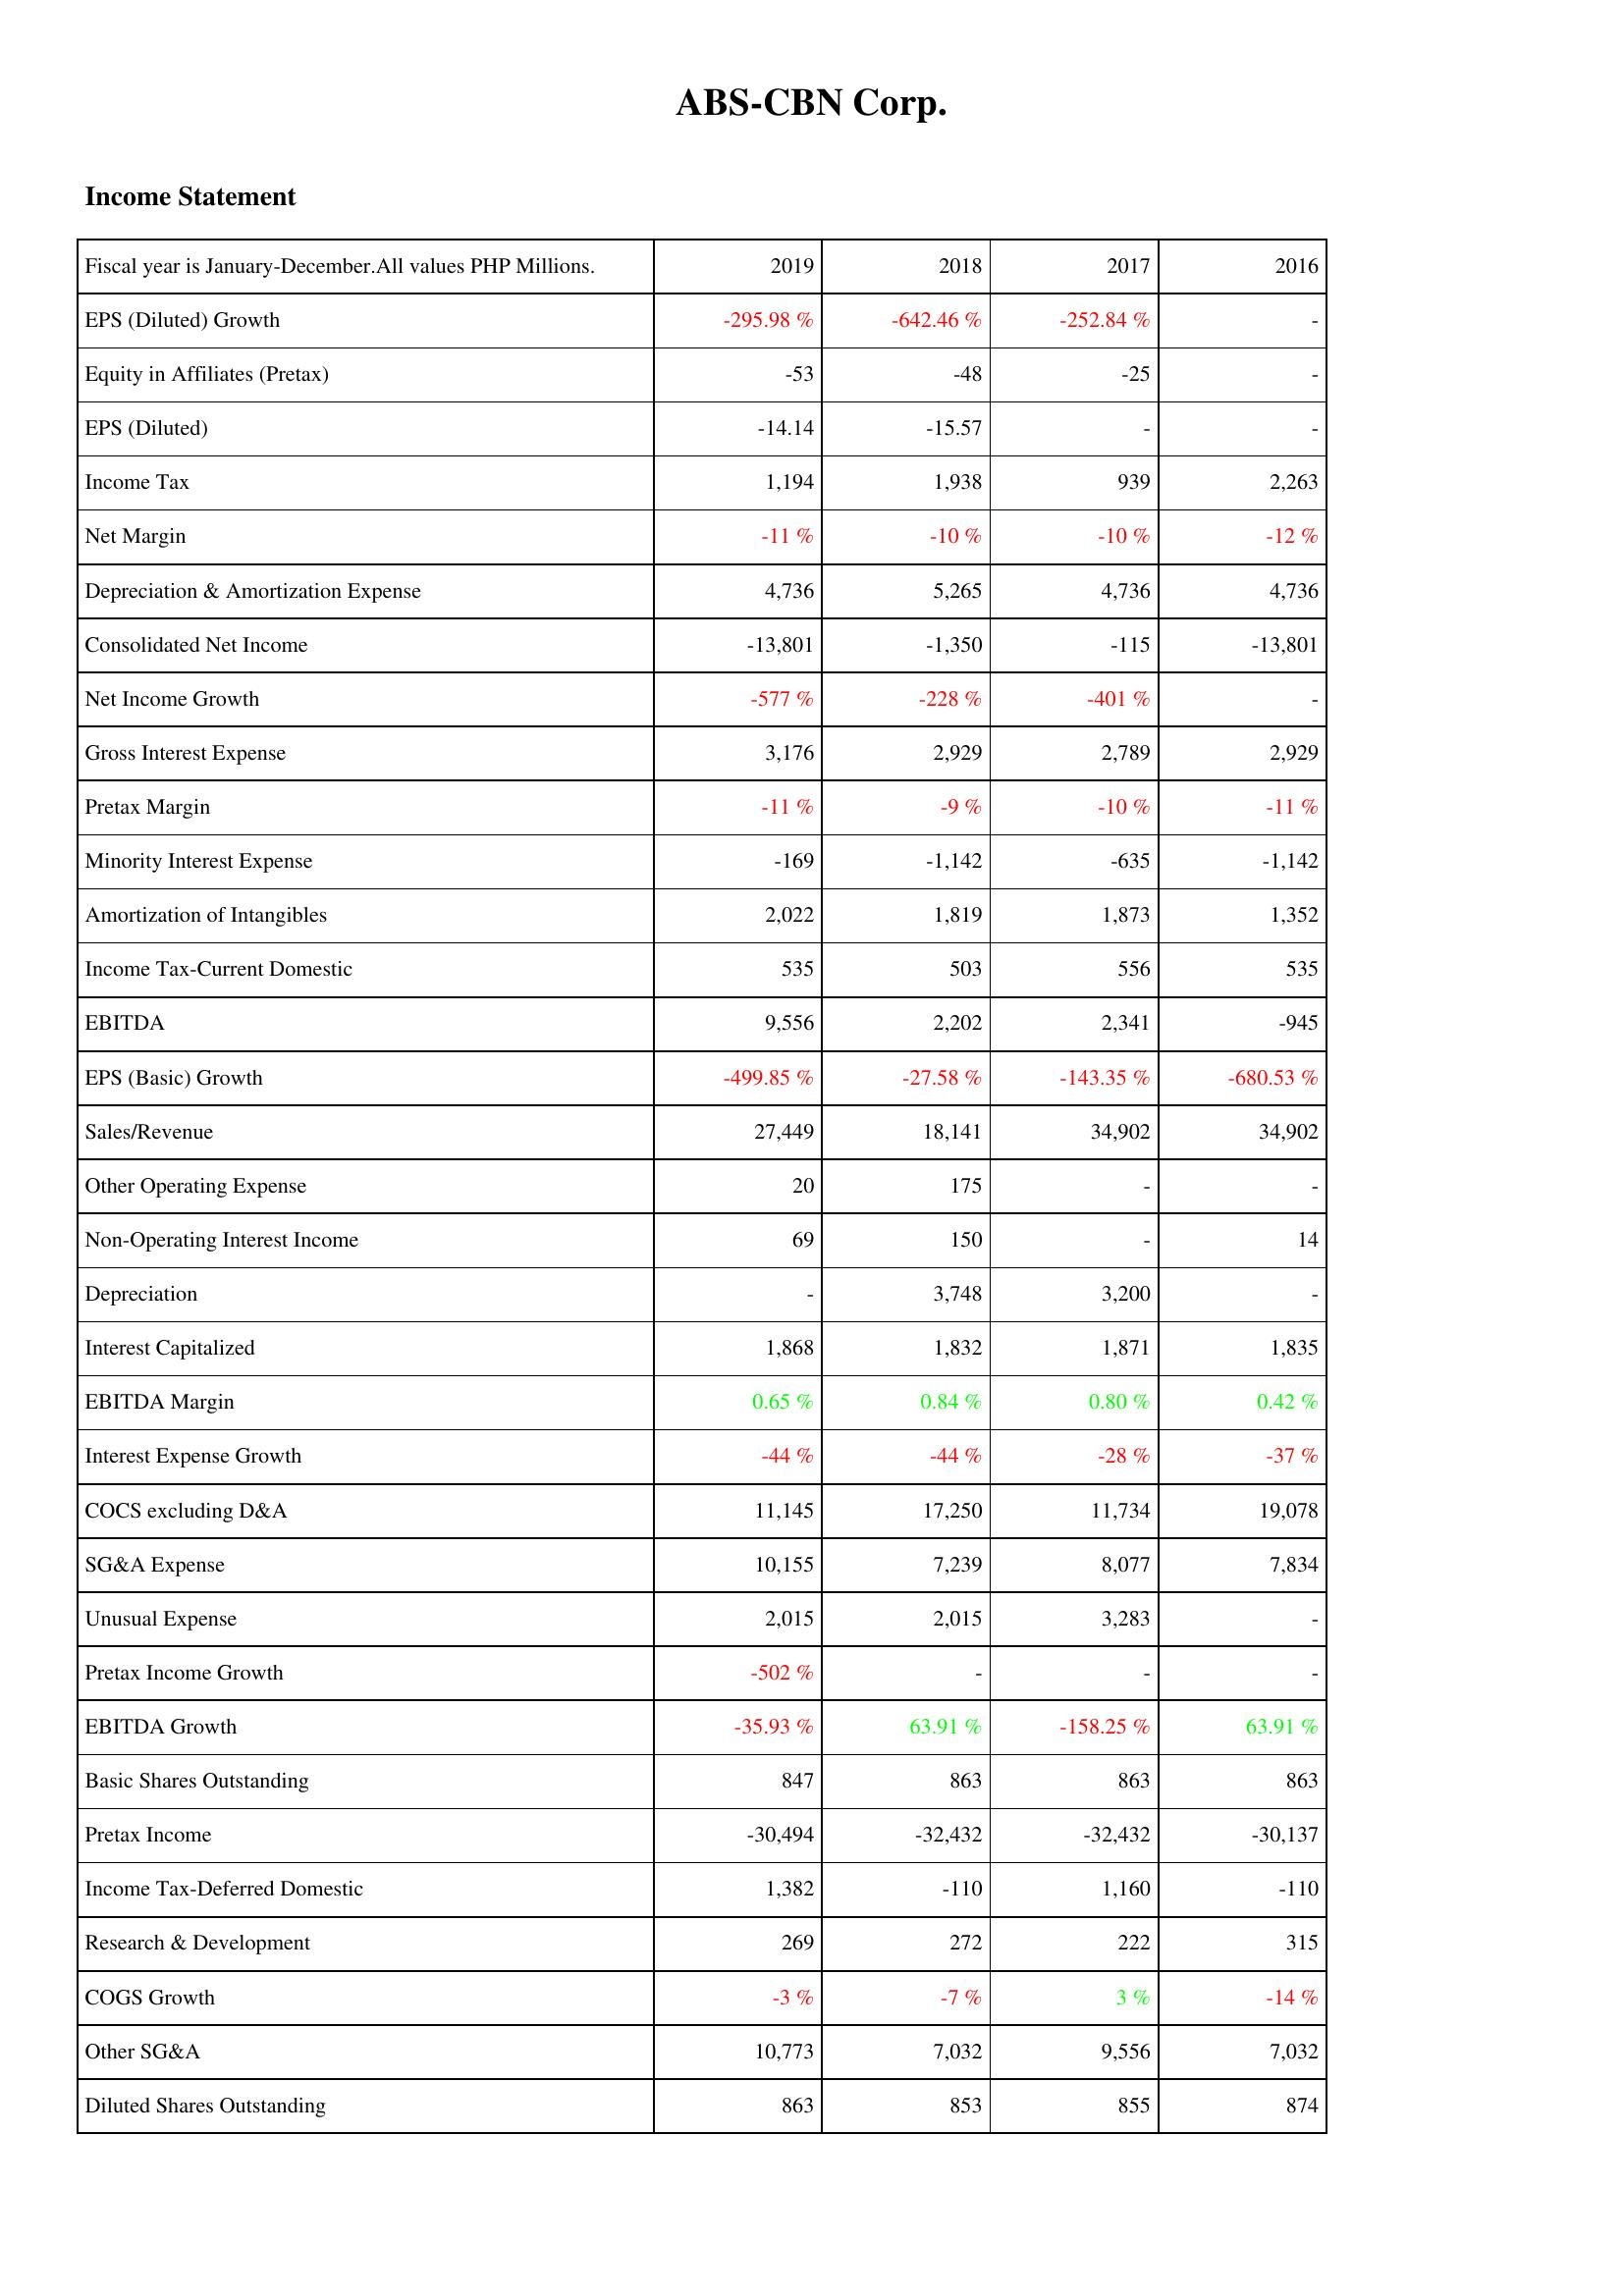
2019: Income Statement: EPS (Diluted) Growth: -295.98 %
Equity in Affiliates (Pretax): -53
EPS (Diluted): -14.14
Income Tax: 1,194
Net Margin: -11 %
Depreciation & Amortization Expense: 4,736
Consolidated Net Income: -13,801
Net Income Growth: -577 %
Gross Interest Expense: 3,176
Pretax Margin: -11 %
Minority Interest Expense: -169
Amortization of Intangibles: 2,022
Income Tax-Current Domestic: 535
EBITDA: 9,556
EPS (Basic) Growth: -499.85 %
Sales/Revenue: 27,449
Other Operating Expense: 20
Non-Operating Interest Income: 69
Depreciation: -
Interest Capitalized: 1,868
EBITDA Margin: 0.65 %
Interest Expense Growth: -44 %
COCS excluding D&A: 11,145
SG&A Expense: 10,155
Unusual Expense: 2,015
Pretax Income Growth: -502 %
EBITDA Growth: -35.93 %
Basic Shares Outstanding: 847
Pretax Income: -30,494
Income Tax-Deferred Domestic: 1,382
Research & Development: 269
COGS Growth: -3 %
Other SG&A: 10,773
Diluted Shares Outstanding: 863
2018: Income Statement: EPS (Diluted) Growth: -642.46 %
Equity in Affiliates (Pretax): -48
EPS (Diluted): -15.57
Income Tax: 1,938
Net Margin: -10 %
Depreciation & Amortization Expense: 5,265
Consolidated Net Income: -1,350
Net Income Growth: -228 %
Gross Interest Expense: 2,929
Pretax Margin: -9 %
Minority Interest Expense: -1,142
Amortization of Intangibles: 1,819
Income Tax-Current Domestic: 503
EBITDA: 2,202
EPS (Basic) Growth: -27.58 %
Sales/Revenue: 18,141
Other Operating Expense: 175
Non-Operating Interest Income: 150
Depreciation: 3,748
Interest Capitalized: 1,832
EBITDA Margin: 0.84 %
Interest Expense Growth: -44 %
COCS excluding D&A: 17,250
SG&A Expense: 7,239
Unusual Expense: 2,015
Pretax Income Growth: -
EBITDA Growth: 63.91 %
Basic Shares Outstanding: 863
Pretax Income: -32,432
Income Tax-Deferred Domestic: -110
Research & Development: 272
COGS Growth: -7 %
Other SG&A: 7,032
Diluted Shares Outstanding: 853
2017: Income Statement: EPS (Diluted) Growth: -252.84 %
Equity in Affiliates (Pretax): -25
EPS (Diluted): -
Income Tax: 939
Net Margin: -10 %
Depreciation & Amortization Expense: 4,736
Consolidated Net Income: -115
Net Income Growth: -401 %
Gross Interest Expense: 2,789
Pretax Margin: -10 %
Minority Interest Expense: -635
Amortization of Intangibles: 1,873
Income Tax-Current Domestic: 556
EBITDA: 2,341
EPS (Basic) Growth: -143.35 %
Sales/Revenue: 34,902
Other Operating Expense: -
Non-Operating Interest Income: -
Depreciation: 3,200
Interest Capitalized: 1,871
EBITDA Margin: 0.80 %
Interest Expense Growth: -28 %
COCS excluding D&A: 11,734
SG&A Expense: 8,077
Unusual Expense: 3,283
Pretax Income Growth: -
EBITDA Growth: -158.25 %
Basic Shares Outstanding: 863
Pretax Income: -32,432
Income Tax-Deferred Domestic: 1,160
Research & Development: 222
COGS Growth: 3 %
Other SG&A: 9,556
Diluted Shares Outstanding: 855
2016: Income Statement: EPS (Diluted) Growth: -
Equity in Affiliates (Pretax): -
EPS (Diluted): -
Income Tax: 2,263
Net Margin: -12 %
Depreciation & Amortization Expense: 4,736
Consolidated Net Income: -13,801
Net Income Growth: -
Gross Interest Expense: 2,929
Pretax Margin: -11 %
Minority Interest Expense: -1,142
Amortization of Intangibles: 1,352
Income Tax-Current Domestic: 535
EBITDA: -945
EPS (Basic) Growth: -680.53 %
Sales/Revenue: 34,902
Other Operating Expense: -
Non-Operating Interest Income: 14
Depreciation: -
Interest Capitalized: 1,835
EBITDA Margin: 0.42 %
Interest Expense Growth: -37 %
COCS excluding D&A: 19,078
SG&A Expense: 7,834
Unusual Expense: -
Pretax Income Growth: -
EBITDA Growth: 63.91 %
Basic Shares Outstanding: 863
Pretax Income: -30,137
Income Tax-Deferred Domestic: -110
Research & Development: 315
COGS Growth: -14 %
Other SG&A: 7,032
Diluted Shares Outstanding: 874